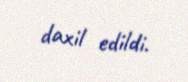
daxil edildi.